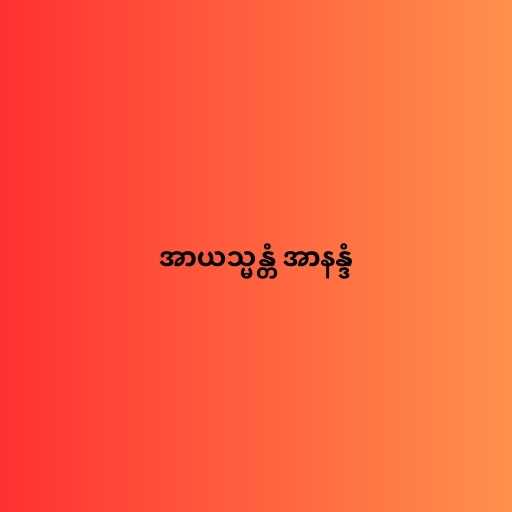
အာယသ္မန္တံ အာနန္ဒံ